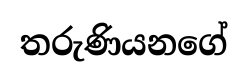
තරුණියනගේ